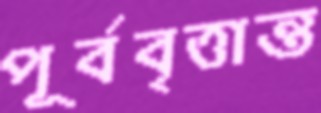
পূর্ববৃত্তান্ত